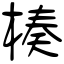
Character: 楱